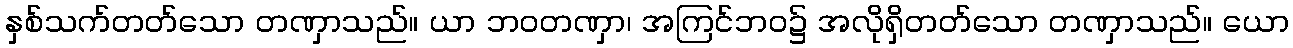
နှစ်သက်တတ်သော တဏှာသည်။ ယာ ဘဝတဏှာ၊ အကြင်ဘဝ၌ အလိုရှိတတ်သော တဏှာသည်။ ယော